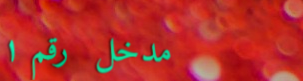
مدخل رقم ١